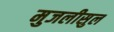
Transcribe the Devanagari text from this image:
मुजलीसुल